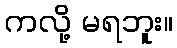
ကလို့ မရဘူး။